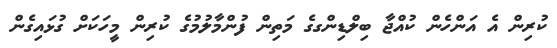
ކުރިން އެ އަންހެން ކުއްޖާ ބިލްޑިންގގެ މަތިން ފުންމާލުމުގެ ކުރިން މީހަކަށް ގުޅައިގެން